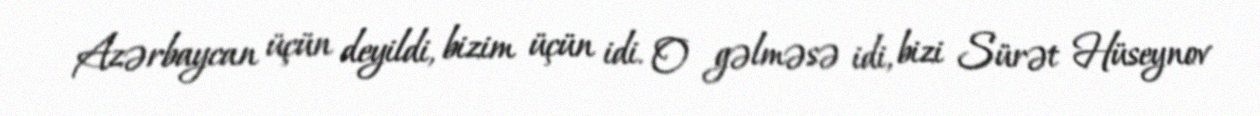
Azərbaycan üçün deyildi, bizim üçün idi. O gəlməsə idi, bizi Sürət Hüseynov